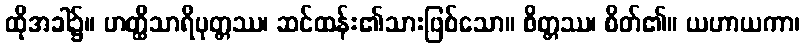
ထိုအခါ၌။ ဟတ္ထိသာရိပုတ္တဿ၊ ဆင်ထန်း၏သားဖြစ်သော။ စိတ္တဿ၊ စိတ်၏။ ယဟာယကာ၊